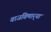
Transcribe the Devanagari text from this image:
वाजविणार्‍या